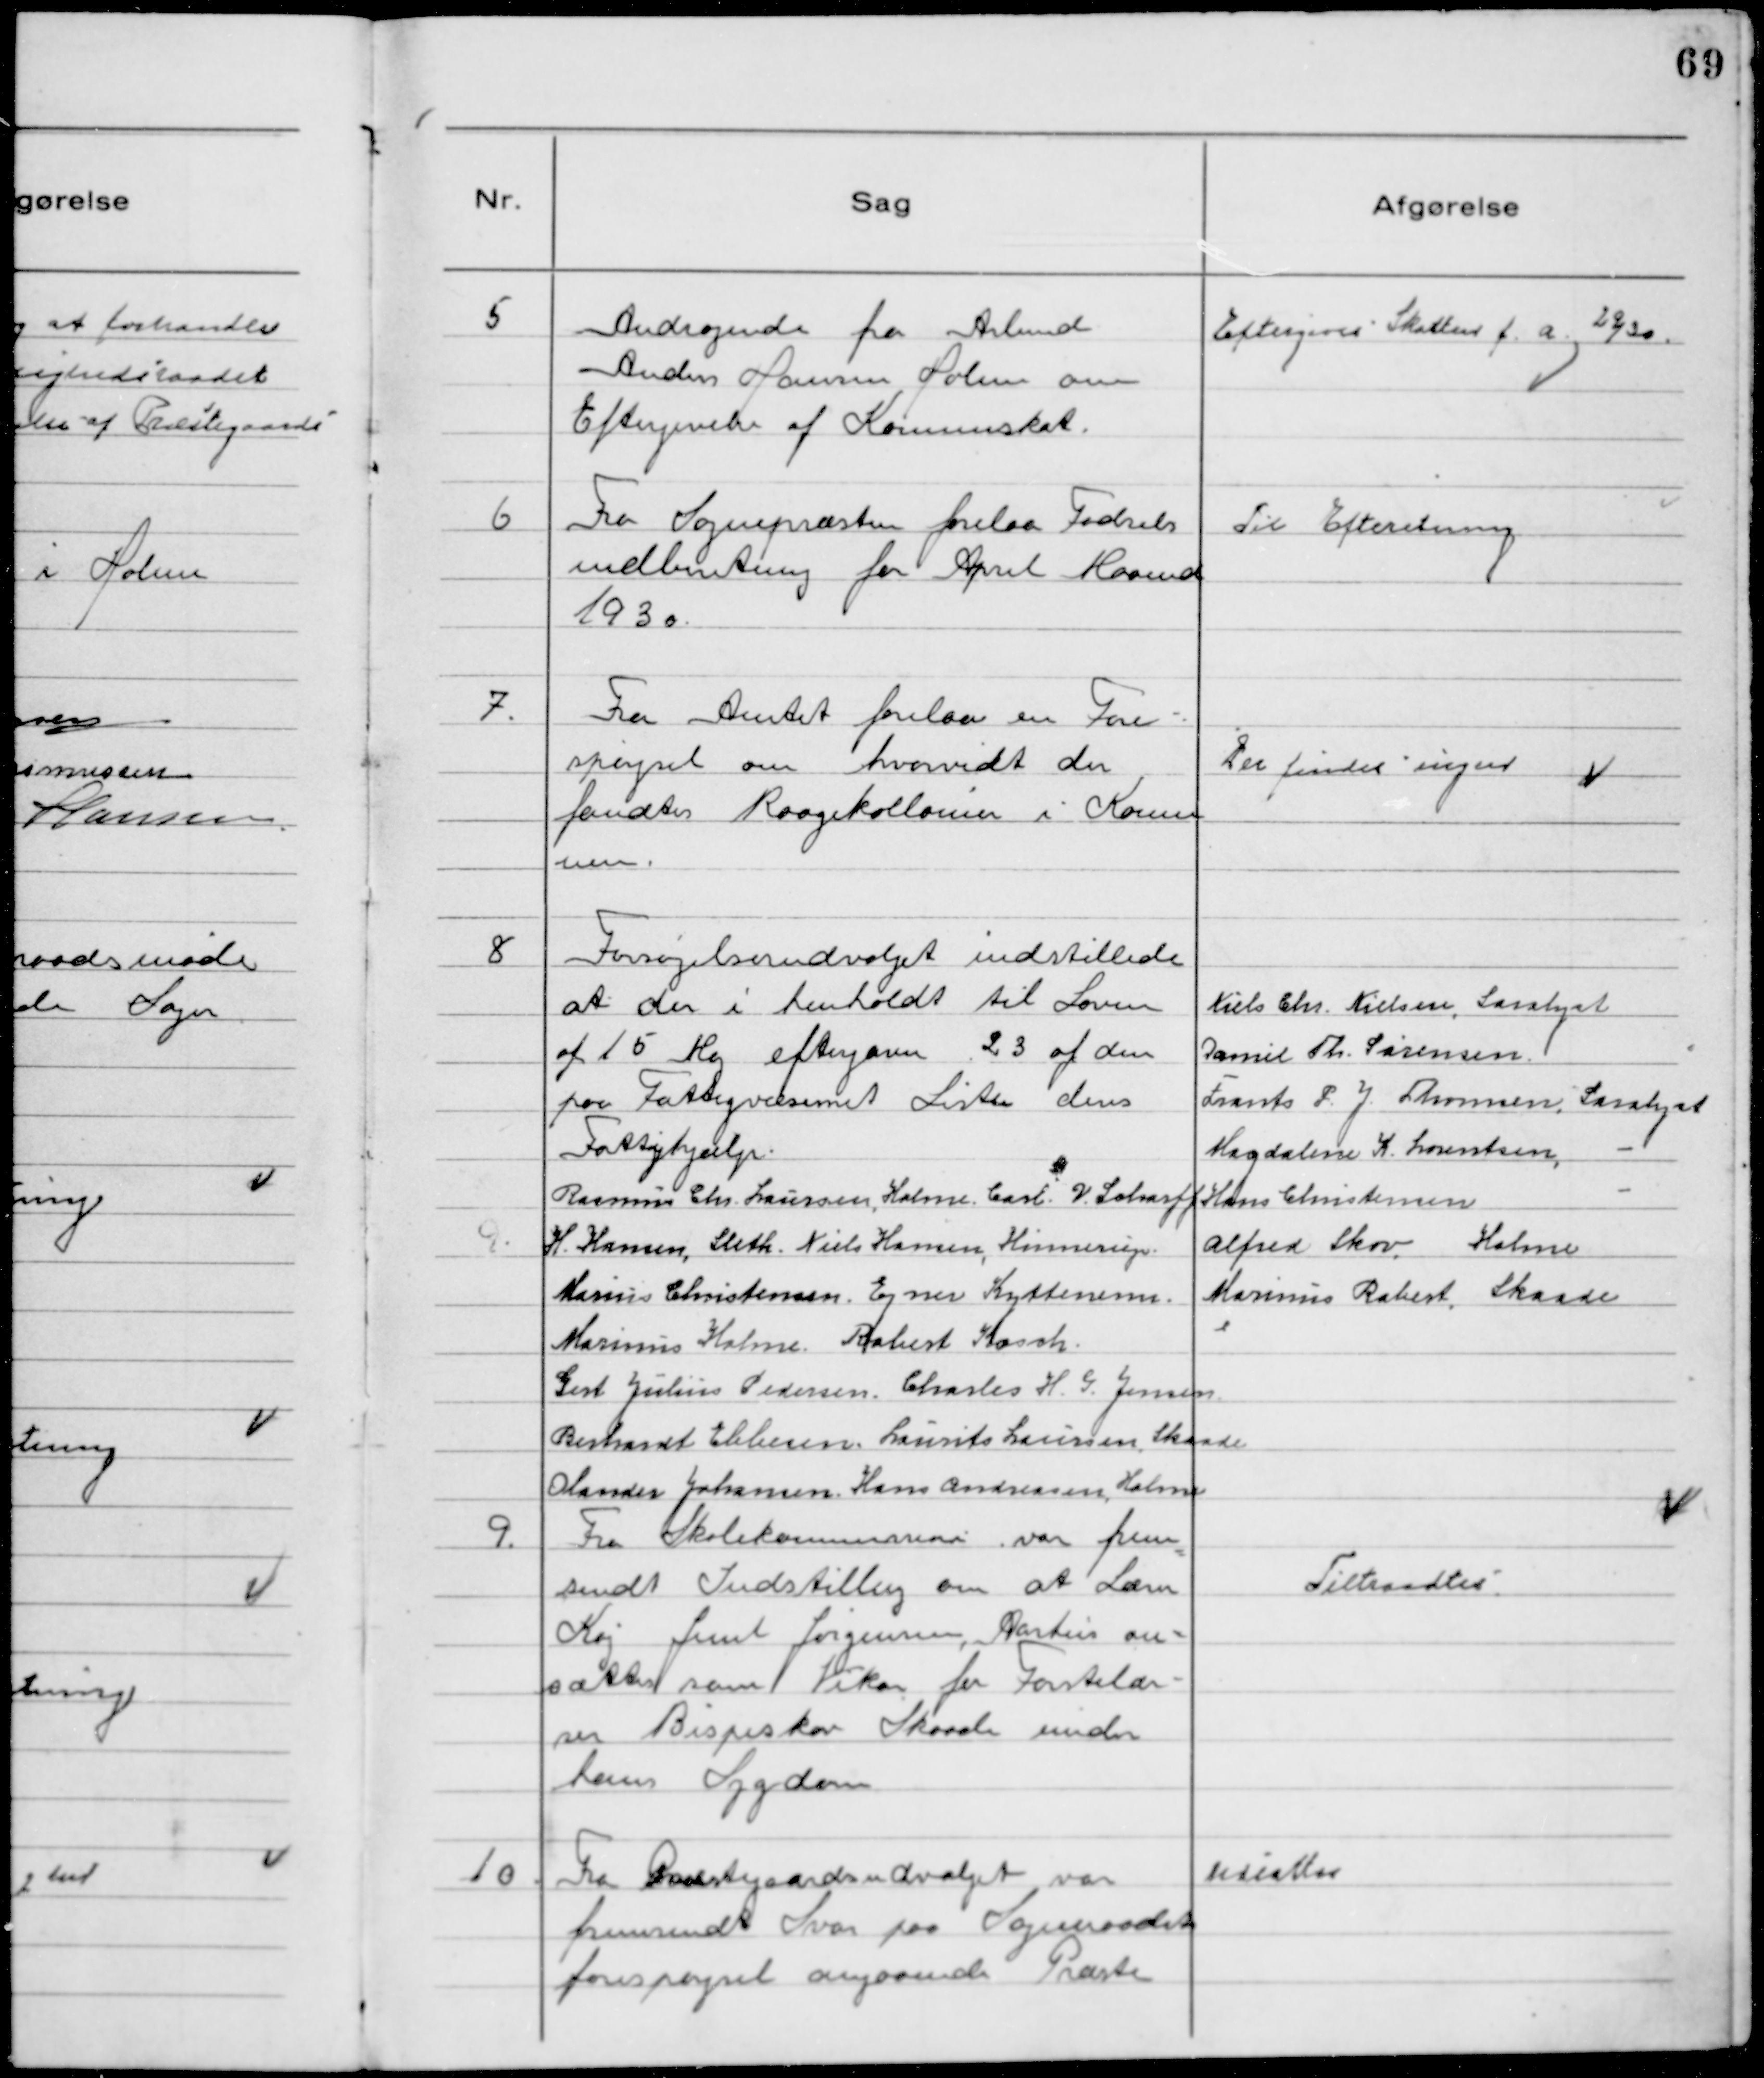
Transskription:
5
Andragende fra Arbmd
Anders Hansen Holme om
Eftergivelse af Komunskat.

Eftergives Skatten f.a. 29/30.

6 
Fra Sognepræsten forelaa Fødsels
indberetning for April Maaned
1930

Til Efteretning

7. 
Fra Amtet forelaa en Fore-
spørgsel om hvorvidt der
fandtes Raagekolonier i Komu
nen.

Der findes ingen

8 
Forsørgelsesudvalget indstillede
at der i henholdt til Loven
af 15 Maj eftergaves 23 af den
paa Fattigvæsenet Liste deres
Fattighjælp.
Rasmus Chr Laursen, Holme. Carl V Scharff
H. Hansen, Sleth. Niels Hansen, Hinnerup.
Marius Christensen. Ejner Kyttemann
Marinus Holme. Robert Kosch.
Gert Julius Pedersen. Charles H G. Jensen
Berhardt Ebbesen. Laurits Laursen, Skaade.
Olander Johansen, Hans Andreasen, Holme
Niels Chr Nielsen, Saralyst
Daniel Th. Sørensen
Frants P. J. Thomsen, Saralyst
Magdalene K. Lorentsen 
 Hans Christensen 
Alfred Skov, Holme
Marinus Rabert, Skaade

9. Fra Skolekommissionen var frem
sendt Indstilling om at Lærer
Kaj Juul Jørgensen, Aarhus an-
sættes som Vikar for Førstelæ-
rer Bispeskov Skaade under
hans Sygdom

Tiltraadtes

10. Fra Præstegaardsudvalget var
fremsendt Svar paa Sogneraadet
forespørgsel angaaende Præste

Udsattes